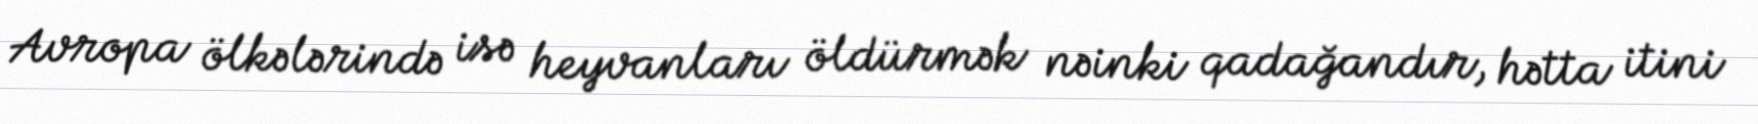
Avropa ölkələrində isə heyvanları öldürmək nəinki qadağandır, hətta itini